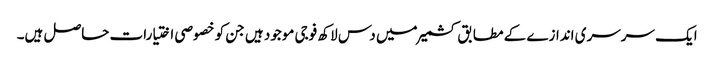
ایک سرسری اندازے کے مطابق کشمیر میں دس لاکھ فوجی موجود ہیں جن کو خصوصی اختیارات حاصل ہیں۔